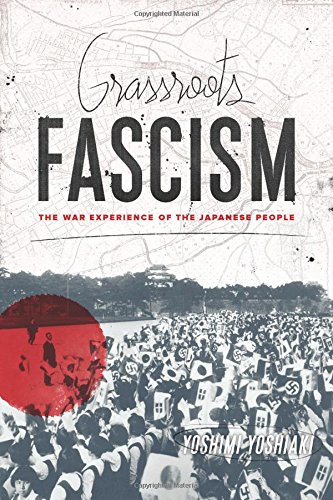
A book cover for Grassroots Fascism: The War Experience of the Japanese People (Weatherhead Books on Asia); Yoshimi Yoshiaki; History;